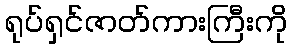
ရုပ်ရှင်ဇာတ်ကားကြီးကို